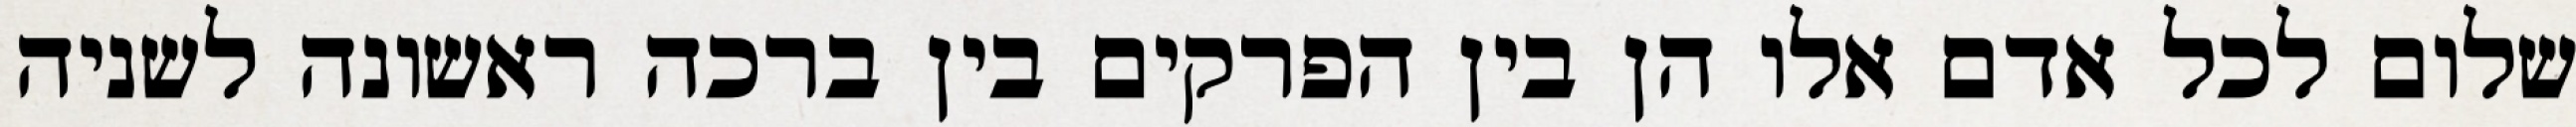
שלום לכל אדם אלו הן בין הפרקים בין ברכה ראשונה לשניה